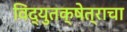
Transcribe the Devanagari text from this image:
विद्युतक्षेत्राचा